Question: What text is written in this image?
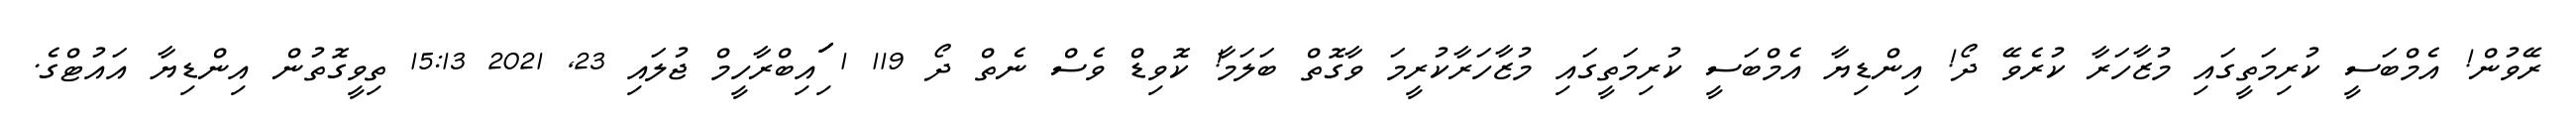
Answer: ރޭވުން! އެމްބަސީ ކުރިމަތީގައި މުޒާހަރާ ކުރެވޭ ދޯ! އިންޑިޔާ އެމްބަސީ ކުރިމަތީގައި މުޒާހަރާކުރީމަ ވާގޮތް ބަލަމާ! ކޮވިޑް ވެސް ނެތް ދޯ 119 1 ަިަަައިބްރާހީމް ޖުލައި 23, 2021 15:13 ތިވީގޮތުން އިންޑިޔާ އައުޓްގެ.